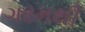
ગરમથી